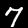
Digit: 7